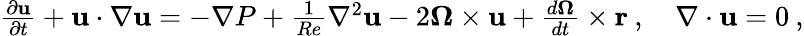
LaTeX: \begin{array}{r}{\frac{\partial{\mathbf{u}}}{\partial t}+{\mathbf{u}}\cdot{\mathbf{\nabla u}}=-{\mathbf{\nabla}}P+\frac{1}{Re}{\mathbf{\nabla}}^{2}{\mathbf{u}}-2{\mathbf{\Omega}}\times{\mathbf{u}}+\frac{d{\mathbf{\Omega}}}{dt}\times{\mathbf{r}}\: ,\quad\nabla\cdot\mathbf{u}=0\: ,}\end{array}